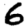
Digit: 6